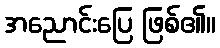
အညောင်းပြေ ဖြစ်၏။